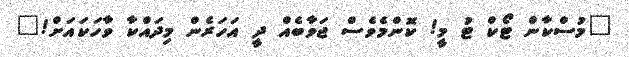
"މުސްކާން ޓޯކް ޓު މީ! ކޮންމެވެސް ޖަވާބެއް ދީ އަހަރެން މިދައްކާ ވާހަކައަށް!"